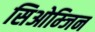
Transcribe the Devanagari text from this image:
सिओम्जिन